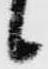
候